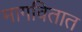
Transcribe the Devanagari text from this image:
मागवितात